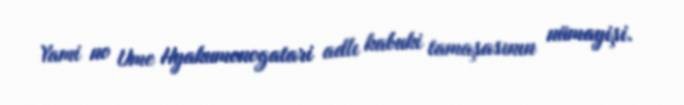
Yami no Ume Hyakumonogatari adlı kabuki tamaşasının nümayişi.